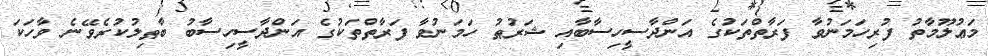
މަޢުލޫމާތު ފުރިހަމަނުވާ ފަރާތްތަކުގެ އަންދާސީހިސާބާއި ޝަރުޠު ހަމަނުވާ ފަރާތްތަކުގެ އަންދާސީހިސާބު ބާޠިލުކުރެވޭނެ ވާހަކަ